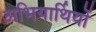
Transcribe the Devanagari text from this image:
अभियार्थियों